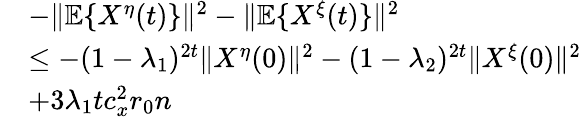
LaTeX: \begin{array}{rl}&{-\| \mathbb{E}\{ X^{\eta}(t)\} \| ^{2}-\| \mathbb{E}\{ X^{\xi}(t)\} \| ^{2}}\\ &{\le-(1-\lambda_{1})^{2t}\| X^{\eta}(0)\| ^{2}-(1-\lambda_{2})^{2t}\| X^{\xi}(0)\| ^{2}}\\ &{+3\lambda_{1}tc_{x}^{2}r_{0}n}\end{array}